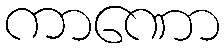
ကာဏော